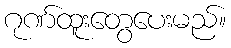
ဂုဏ်ထူးတွေပေးမည်။